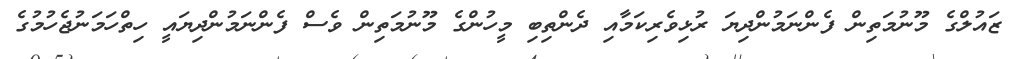
ޒައުލްގެ މޫނުމަތިން ފެންނަމުންދިޔަ ރުޅިވެރިކަމާއި ދެންތިބި މީހުންގެ މޫނުމަތިން ވެސް ފެންނަމުންދިޔައީ ހިތްހަމަނުޖެހުމުގެ